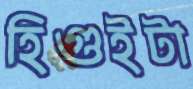
হিগুইটা